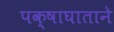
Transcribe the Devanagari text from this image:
पक्षाघाताने